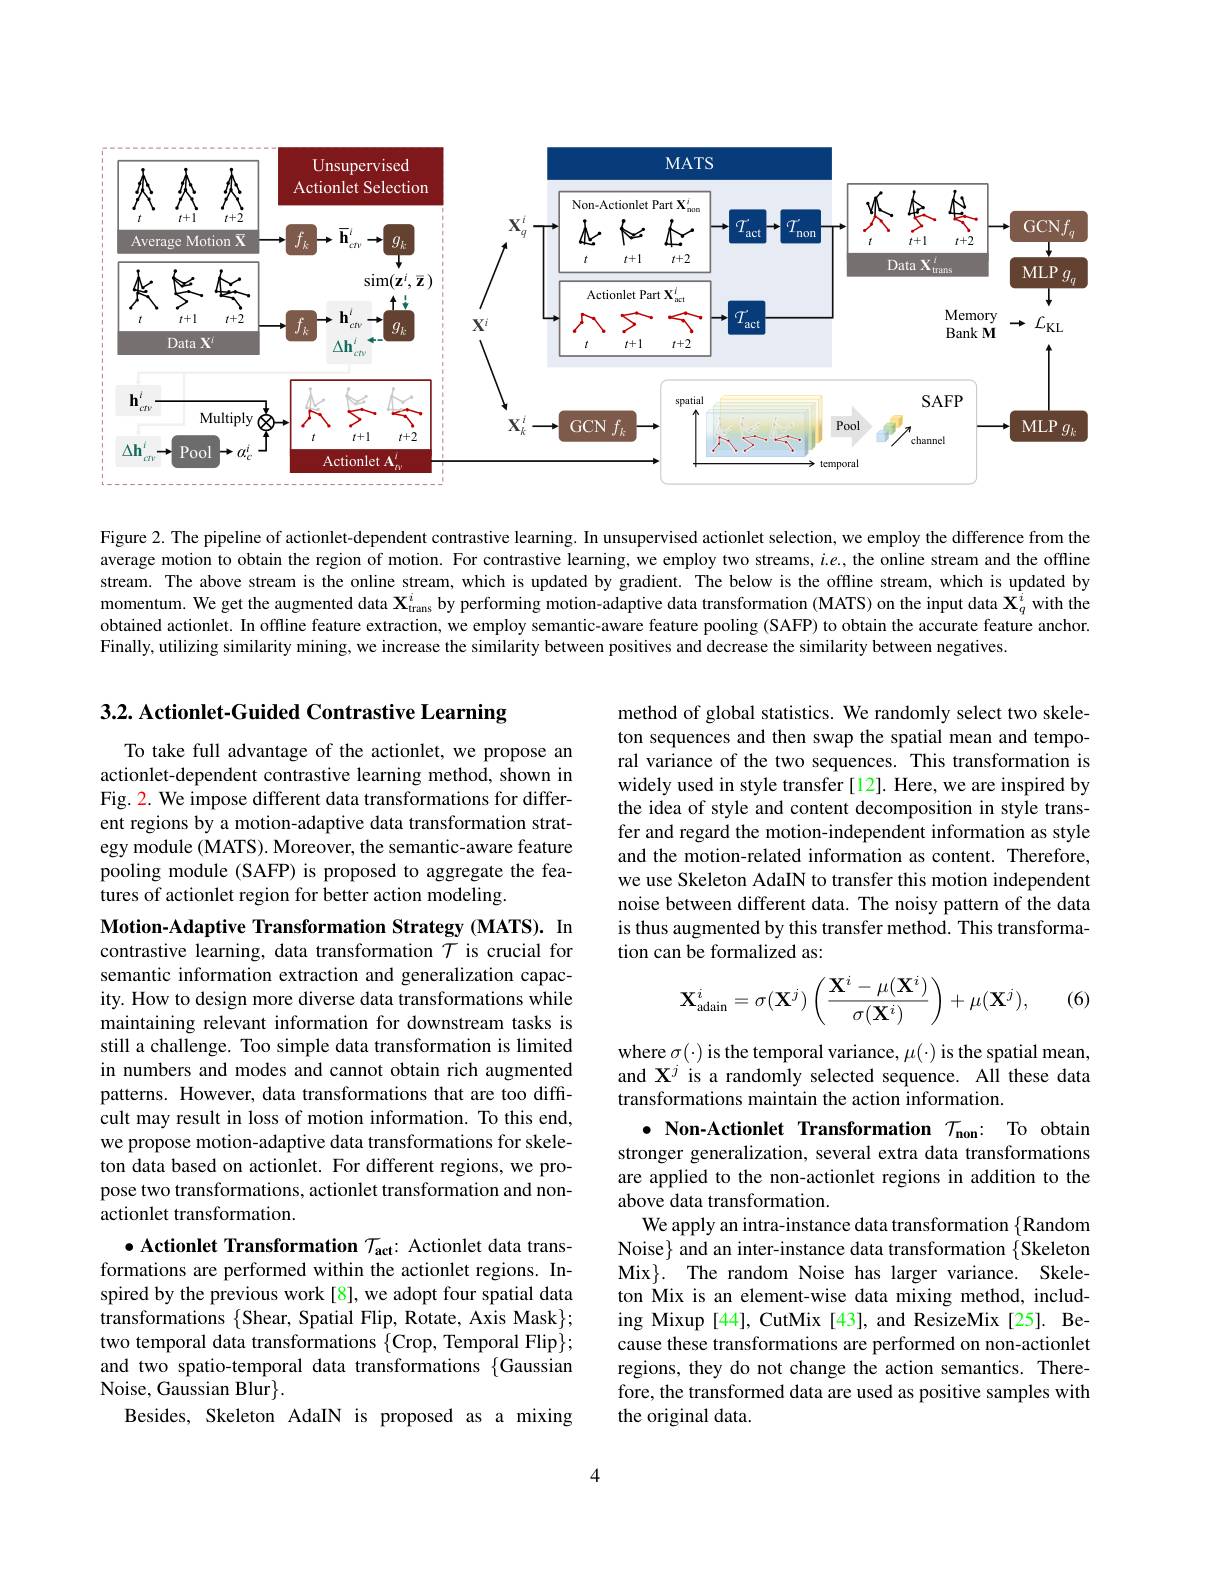
<FigureHere>

Figure 2. The pipeline of actionlet-dependent contrastive learning. In unsupervised actionlet selection, we employ the difference from the average motion to obtain the region of motion. For contrastive learning, we employ two streams, $i.e.$, the online stream and the offline stream. The above stream is the online stream, which is updated by gradient. The below is the offline stream, which is updated by momentum. We get the augmented data $\mathbf{X}_\text{trans}^i$ by performing motion-adaptive data transformation (MATS) on the input data $\mathbf{X}_q^i$ with the obtained actionlet. In offine feature extraction, we employ semantic-aware feature pooling (SAFP) to obtain the accurate feature anchor Finally, utilizing similarity mining, we increase the similarity between positives and decrease the similarity between negatives

$3. 2. \textbf{ Actionlet- Guided Contrastive Learning}$

To take full advantage of the actionlet, we propose an actionlet-dependent contrastive learning method, shown in Fig. 2. We impose different data transformations for different regions by a motion-adaptive data transformation strategy module (MATS). Moreover, the semantic-aware feature pooling module (SAFP) is proposed to aggregate the features of actionlet region for better action modeling.

method of global statistics. We randomly select two skeleton sequences and then swap the spatial mean and temporal variance of the two sequences. This transformation is widely used in style transfer[12]. Here, we are inspired by the idea of style and content decomposition in style transfer and regard the motion-independent information as style and the motion-related information as content. Therefore, we use Skeleton AdaIN to transfer this motion independent noise between different data. The noisy pattern of the data is thus augmented by this transfer method. This transformation can be formalized as:

(6)
$$\mathbf{X}_{\text{adain}}^i=\sigma(\mathbf{X}^j)\left(\frac{\mathbf{X}^i-\mu(\mathbf{X}^i)}{\sigma(\mathbf{X}^i)}\right)+\mu(\mathbf{X}^j),$$
Motion-Adaptive Transformation Strategy (MATS). In contrastive learning, data transformation $\bar{\mathcal{T}}$ is crucial for semantic information extraction and generalization capacity. How to design more diverse data transformations while maintaining relevant information for downstream tasks is still a challenge. Too simple data transformation is limited in numbers and modes and cannot obtain rich augmented patterns. However, data transformations that are too difficult may result in loss of motion information. To this end, we propose motion-adaptive data transformations for skeleton data based on actionlet. For different regions, we propose two transformations, actionlet transformation and nonactionlet transformation.
$\bullet$ Actionlet Transformation $\mathcal{T}_\mathrm{act}:$ Actionlet data trans-

where $\sigma(\cdot)$ is the temporal variance, $\mu(\cdot)$ is the spatial mean, and $\mathbf{X}^{j}$ is a randomly selected sequence. All these data transformations maintain the action information.
$\bullet$ Non-Actionlet Transformation $\mathcal{T} _\mathrm{non}:$ To obtain stronger generalization, several extra data transformations are applied to the non-actionlet regions in addition to the above data transformation.
We apply an intra-instance data transformation $\{$Random Noise} and an inter-instance data transformation $\{$Skeleton Mix$\} .$ The random Noise has larger variance. Skeleton Mix is an element-wise data mixing method, including Mixup [44], CutMix [43], and ResizeMix [25]. Because these transformations are performed on non-actionlet regions, they do not change the action semantics. Therefore, the transformed data are used as positive samples with the original data.

formations are performed within the actionlet regions. Inspired by the previous work [8], we adopt four spatial data transformations $\{$Shear, Spatial Flip, Rotate, Axis Mask$\};$ two temporal data transformations $\{$Crop, Temporal Flip$\};$ and two spatio-temporal data transformations {Gaussian Noise, Gaussian Blur$\}.$
Besides, Skeleton AdaIN is proposed as a mixing

4